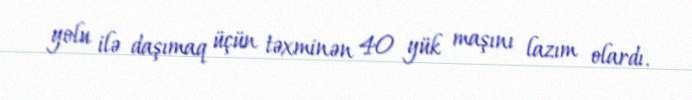
yolu ilə daşımaq üçün təxminən 40 yük maşını lazım olardı.